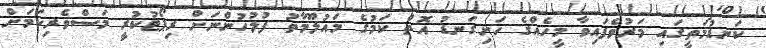
ކަނޑުމަތީގައި މަރުވެފައިވާ މީހެއްގެ ހަށިގަނޑު އޮތް ކަމުގެ މައުލޫމާތު ފުލުހުންނަށް ރިޕޯޓުކުރީ މަސްވެރިކަމަށް